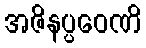
အဇိနပ္ပဝေဏိ